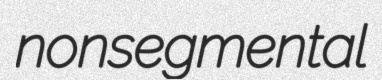
nonsegmental